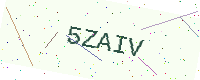
Text: 5ZAIV